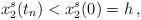
LaTeX: \begin{align*}x^s_2(t_n)<x^s_2(0)=h\,,\end{align*}